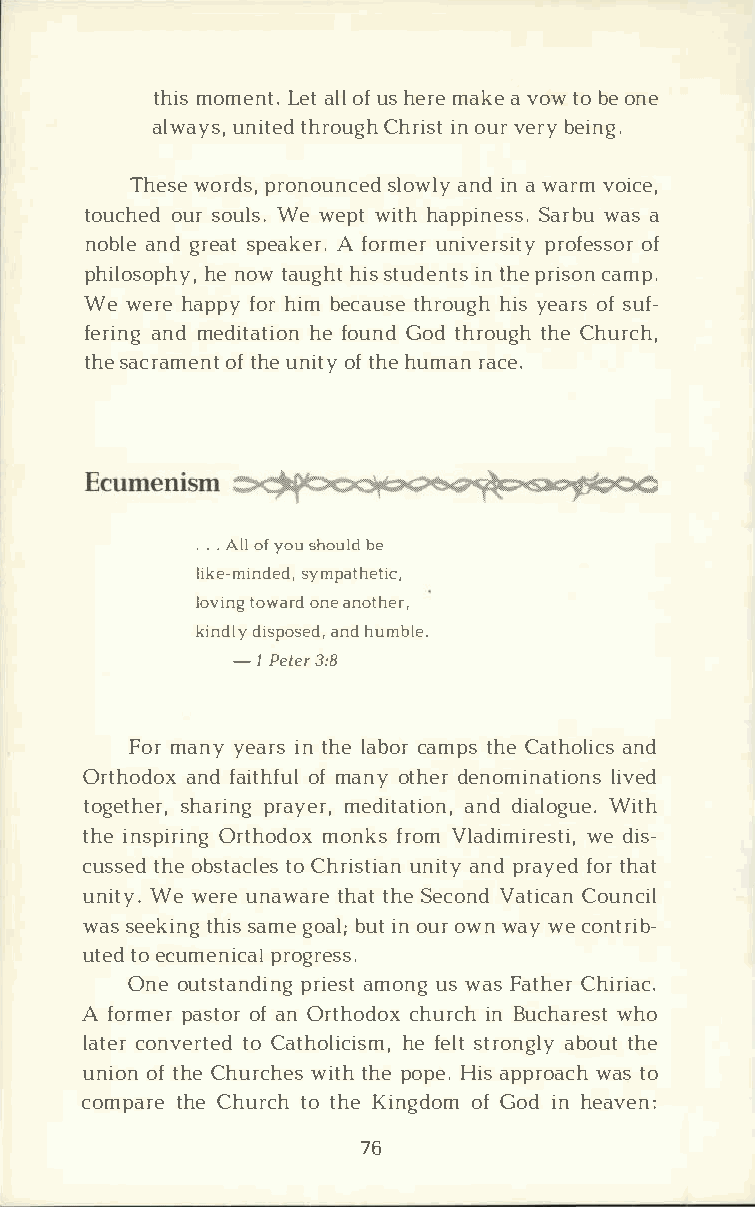
thimso menLte.at l olfu sh ermea kaev owt ob eo ne
 alwauynsi,t tehdr oCuhgrhi isnot u vre rbye ing.
 Thewsoer ds,  prosnloouwanlncydie nad w arvmo ice,
 touchoeudsr o ulWse.w epwti thha ppinSeasrsbw.ua sa
 nobalned g resapte akAe fro.r muenri verpsriotfyeo sfs or
 philoshoepn hoywt, a ughhistst udeinntt hspe r iscoanm p.
 Wew erhea ppfyoh ri mb ecatuhsreo uhgiyhse aorfss uf­
 ferianngdm editahtefi oounn Gdo dt hroutghhCe h urch,
 thsea cramoeftn huten iotfty h heu marna c.e
 . A.l olf.y ous houbled
 like-misnydmepda,t hetic,
 lovitnogw aorndea nother,
 kinddliys poasnedhd u,m ble.
 - 1P et3e:r8
 Fomra nyy eairnst hlea bcoarm ptsh Cea thoalnidc s
 Orthoadnodx faoifmt ahfnuyol t hdeern ominaltiivoends
 togetshhearr,pi rnagy meerd,i taatnidod nia,l oWgiuteh.
 thien spiOrritnhgo mdoonxk fsr oVml adimiwreed sitsi­,
 cusstehdoe b statcoCl hersi sutniiaatnny dp rayfeodtr h at
 unitWye.w eruen awatrheat th See coVnadt iCcoaunn cil
 wass eektihnsigas m geo ablu;it no uorw nw ayw ec ontrib­
 utetdoe cumenpircoaglr ess.
 Oneo utstapnrdiiaenmsgot n ugsw asF athCehri riac.
 A formpears toofar n O rthocdhouxr icnBh u chawrheos t
 latceorn verttoCe adt holihcefi esslmtt,r onagbloytu hte
 unioonft hCeh urcwhietsth h peo pHei.as p prowaacsth o
 compatrheeC hurtcoht heK ingdoofmG odi nh eaven:
 76